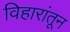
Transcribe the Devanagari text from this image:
विहारांतून